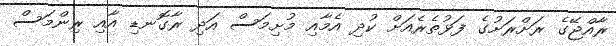
ރާއްޖޭގެ ރަށްރަށުގެ ފަޅުތެރެއަށް ކުދި އެމާއި މުށިމަސް އަދި ރާގޮނޑި އާއި ރިންމަސް